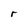
Character: r